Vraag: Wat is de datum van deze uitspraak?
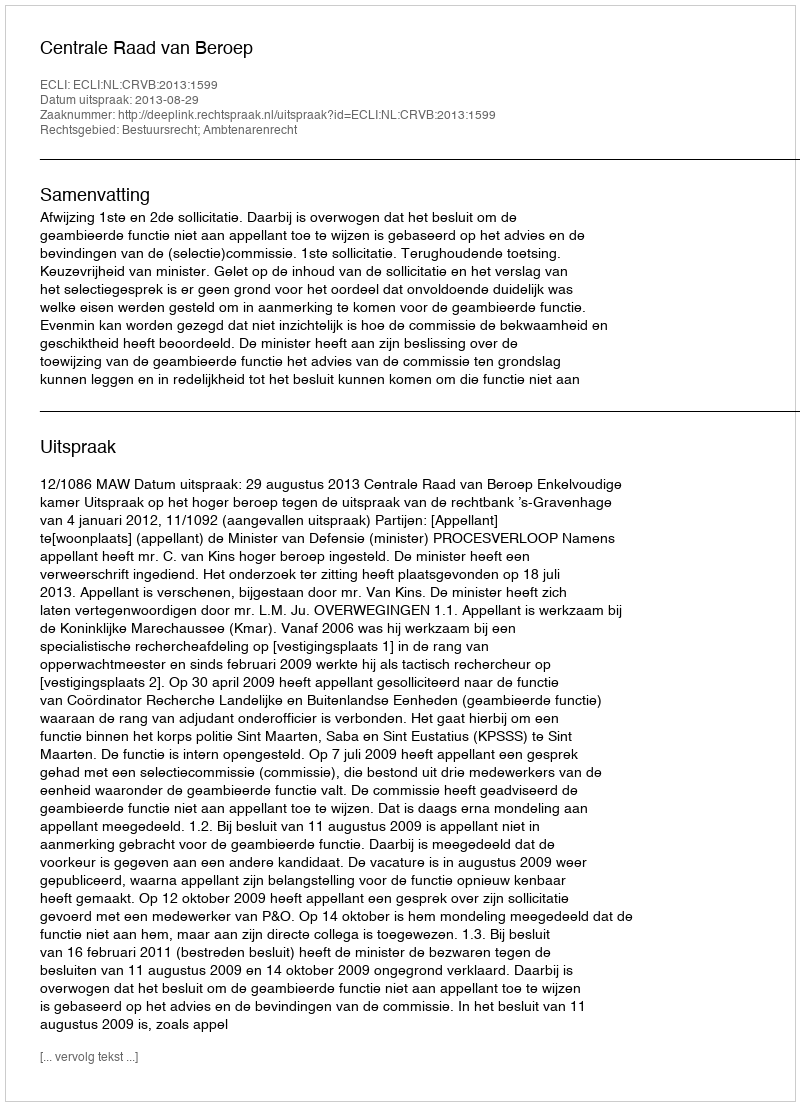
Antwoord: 2013-08-29